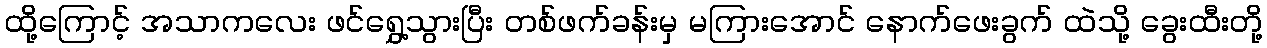
ထို့ကြောင့် အသာကလေး ဖင်ရွှေ့သွားပြီး တစ်ဖက်ခန်းမှ မကြားအောင် နောက်ဖေးခွက် ထဲသို့ ခွေးထီးတို့